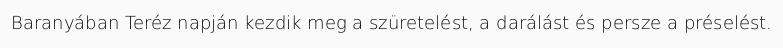
Baranyában Teréz napján kezdik meg a szüretelést, a darálást és persze a préselést.